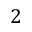
2